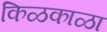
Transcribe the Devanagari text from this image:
किळकाळा